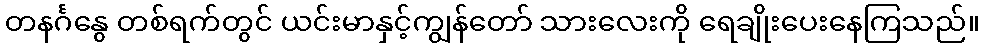
တနင်္ဂနွေ တစ်ရက်တွင် ယင်းမာနှင့်ကျွန်တော် သားလေးကို ရေချိုးပေးနေကြသည်။